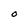
Character: O